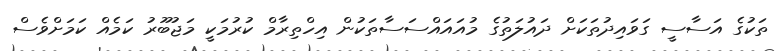
ތަކުގެ އަސާސީ ގަވައިދުތަކަށް ދައުލަތުގެ މުއައައްސަސާތަކުން އިހްތިރާމް ކުރުމަކީ މަޖުބޫރު ކަމެއް ކަމަށްވެސް